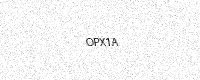
Text: OPX1A